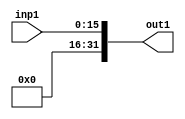
module zeroExtend16to32(inp1,out1);

input [15:0] inp1;
output [31:0] out1;

assign out1[15:0]=inp1;
assign out1[31:16]=16'b0;

endmodule